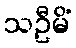
သဦမိံ